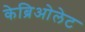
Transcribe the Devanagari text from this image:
केब्रिओलेट